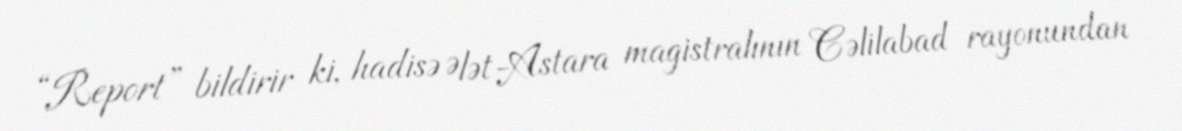
“Report” bildirir ki, hadisə Ələt-Astara magistralının Cəlilabad rayonundan